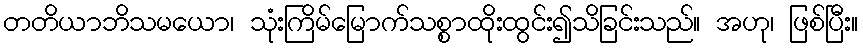
တတိယာဘိသမယော၊ သုံးကြိမ်မြောက်သစ္စာထိုးထွင်း၍သိခြင်းသည်။ အဟု၊ ဖြစ်ပြီး။